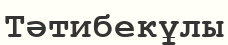
Тәтибекұлы